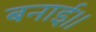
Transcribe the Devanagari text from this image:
बनाई।।